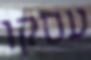
עסקו